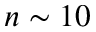
n \sim 1 0